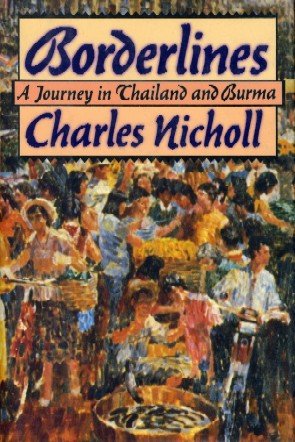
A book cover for Borderlines : A Journey in Thailand and Burma; Charles Nicholl; Travel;